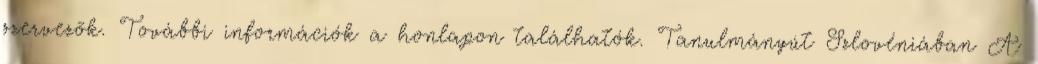
szervezõk. További információk a honlapon találhatók. Tanulmányút Szlovéniában A